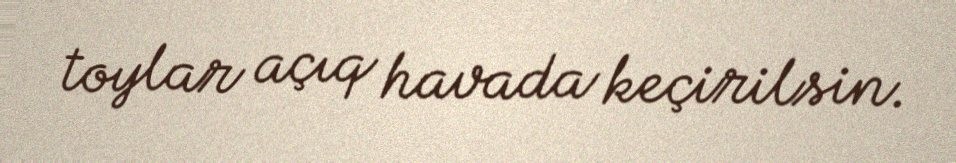
toylar açıq havada keçirilsin.